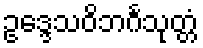
ဥဒ္ဒေသဝိဘင်္ဂသုတ္တံ